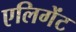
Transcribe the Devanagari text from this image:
एलिगेंट